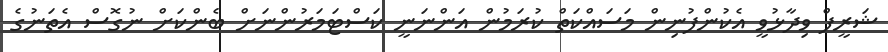
ޝަރީފް ވިދާޅުވީ އެކުންފުނިން މަސައްކަތް ކުރަމުން އަންނަނީ ކަސްޓަމަރުންނަށް ބެންކަށް ނުގޮސް އެތަނުގެ